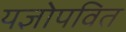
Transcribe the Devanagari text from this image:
यज्ञोपवित